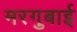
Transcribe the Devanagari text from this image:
मरगुबाई